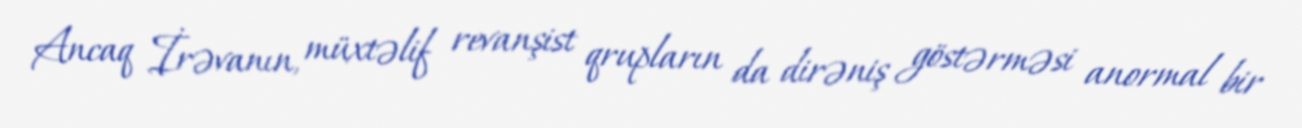
Ancaq İrəvanın, müxtəlif revanşist qrupların da dirəniş göstərməsi anormal bir